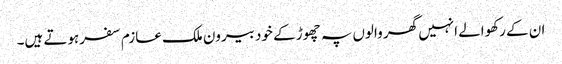
ان کے رکھوالے انہیں گھر والوں پہ چھوڑ کے خود بیرون ملک عازم سفرہوتے ہیں۔